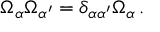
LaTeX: \Omega _ { \alpha } \Omega _ { \alpha ^ { \prime } } = \delta _ { \alpha \alpha ^ { \prime } } \Omega _ { \alpha } \, .